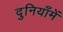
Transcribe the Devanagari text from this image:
दुनियाँमें